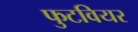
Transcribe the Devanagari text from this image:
फुटवियर